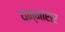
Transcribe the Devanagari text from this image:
धन्नासर